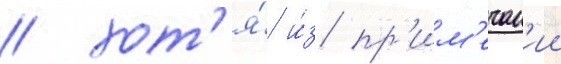
/ хот'я́ и́з пр'им'ечан'ии